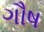
ગૌષ